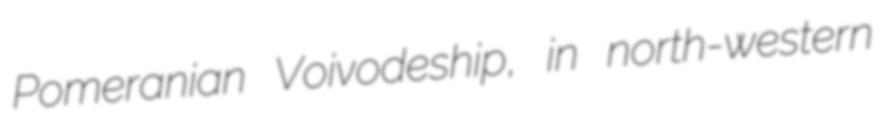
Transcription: Pomeranian Voivodeship, in north-western